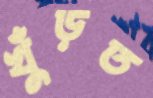
খুঁড়ত